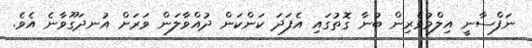
ނަފްސާނީ އިލްމުވެރިން ބުނާ ގޮތުގައި އެފަދަ ކަންކަން ދުއްވާލަން ވަރަށް އުނދަގޫވާނެ އެވެ.